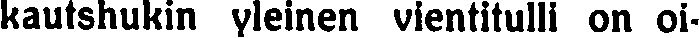
kautshukin yleinen vientitulli on oi-